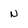
Character: N